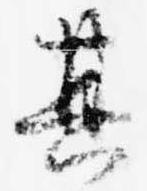
其